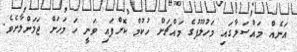
އަނެއް މައްސަލާގައި މަހުލޫފުގެ މައްޗަށް ހުކުމް ކޮށްފައި ވަނީ ހަ މަހަށް ޖަލަށްލާށެވެ.